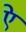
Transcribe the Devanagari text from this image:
एे